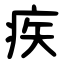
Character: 疾